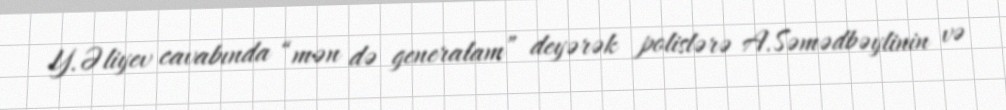
Y.Əliyev cavabında “mən də generalam” deyərək polislərə A.Səmədbəylinin və